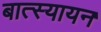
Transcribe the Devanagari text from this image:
बात्स्यायन